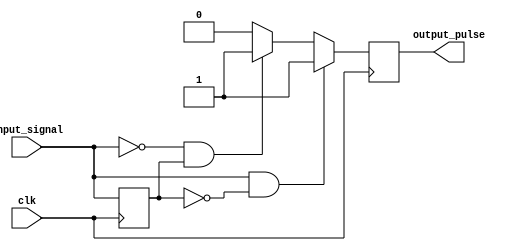
module pulse_edge_detector (
    input wire clk,               // Clock signal
    input wire input_signal,      // Input signal to detect edges
    output reg output_pulse       // Output pulse signal
);

    // Memory block to store the previous state of the input signal
    reg previous_state;

    // Always block triggered on the rising edge of the clock
    always @(posedge clk) begin
        // Edge detection logic
        if (input_signal && !previous_state) begin
            // Rising edge detected
            output_pulse <= 1'b1; // Generate pulse
        end else if (!input_signal && previous_state) begin
            // Falling edge detected
            output_pulse <= 1'b1; // Generate pulse
        end else begin
            output_pulse <= 1'b0; // No edge detected
        end
        
        // Update the previous state with the current input signal
        previous_state <= input_signal;
    end

endmodule